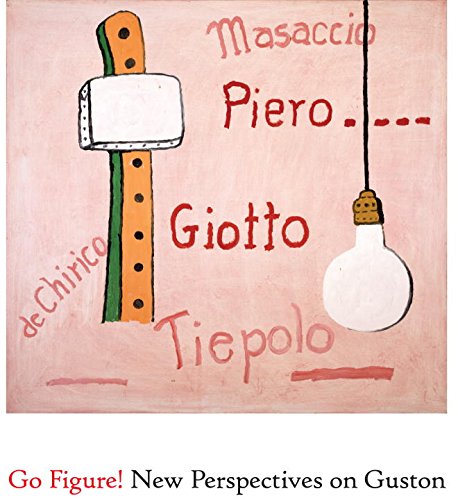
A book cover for Go Figure! New Perspectives on Guston; Arts & Photography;